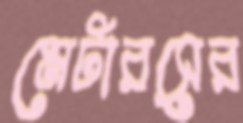
মেটারসের